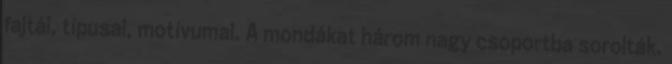
fajtái, típusai, motívumai. A mondákat három nagy csoportba sorolták.